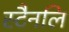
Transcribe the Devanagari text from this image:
स्टैनलि